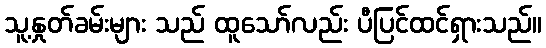
သူ့နှုတ်ခမ်းများ သည် ထူသော်လည်း ပီပြင်ထင်ရှားသည်။